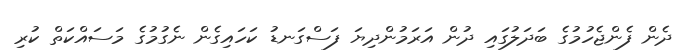
ދެން ފެންޖެހުމުގެ ބަދަލުގައި ދުން އަރަމުންދިޔަ ފަސްގަނޑު ކަހައިގެން ނެގުމުގެ މަސައްކަތް ކުރި